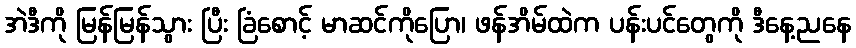
အဲဒီကို မြန်မြန်သွား ပြီး ခြံစောင့် မာဆင်ကိုပြော၊ ဖန်အိမ်ထဲက ပန်းပင်တွေကို ဒီနေ့ညနေ